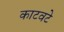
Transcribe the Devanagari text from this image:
काटवटे